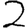
Digit: 2